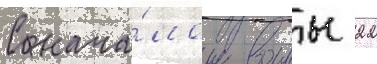
С нача́лом воины 22